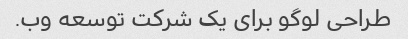
طراحی لوگو برای یک شرکت توسعه وب.